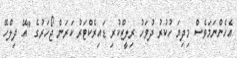
އެހެންނަމަވެސް މިދިޔަ ހުކުރު ދުވަހު ރިލީޒްކުރި ޑައިރެކްޓަރު ކަރަން ޖޯހަރުގެ "އޭ ދިލްހޭ